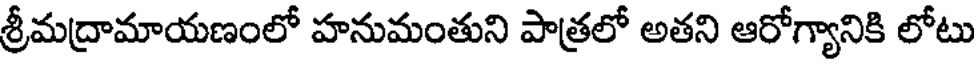
శ్రీమద్రామాయణంలో హనుమంతుని పాత్రలో అతని ఆరోగ్యానికి లోటు